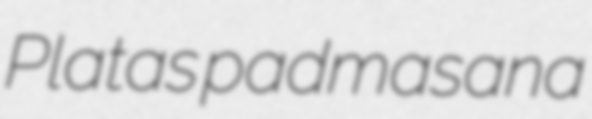
Platas padmasana